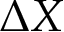
\Delta X